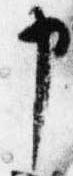
申